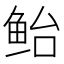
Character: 鲐